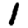
Digit: 1